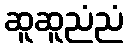
ဆူဆူညံညံ